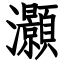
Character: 灝